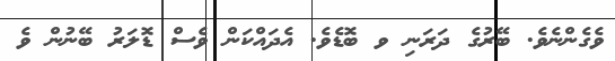
ވެގެންނެވެ. ބޭރުގެ ދަރަނި ވ ބޮޑެވެ. އެދައްކަން ވެސް ޑޮލަރު ބޭނުން ވެ